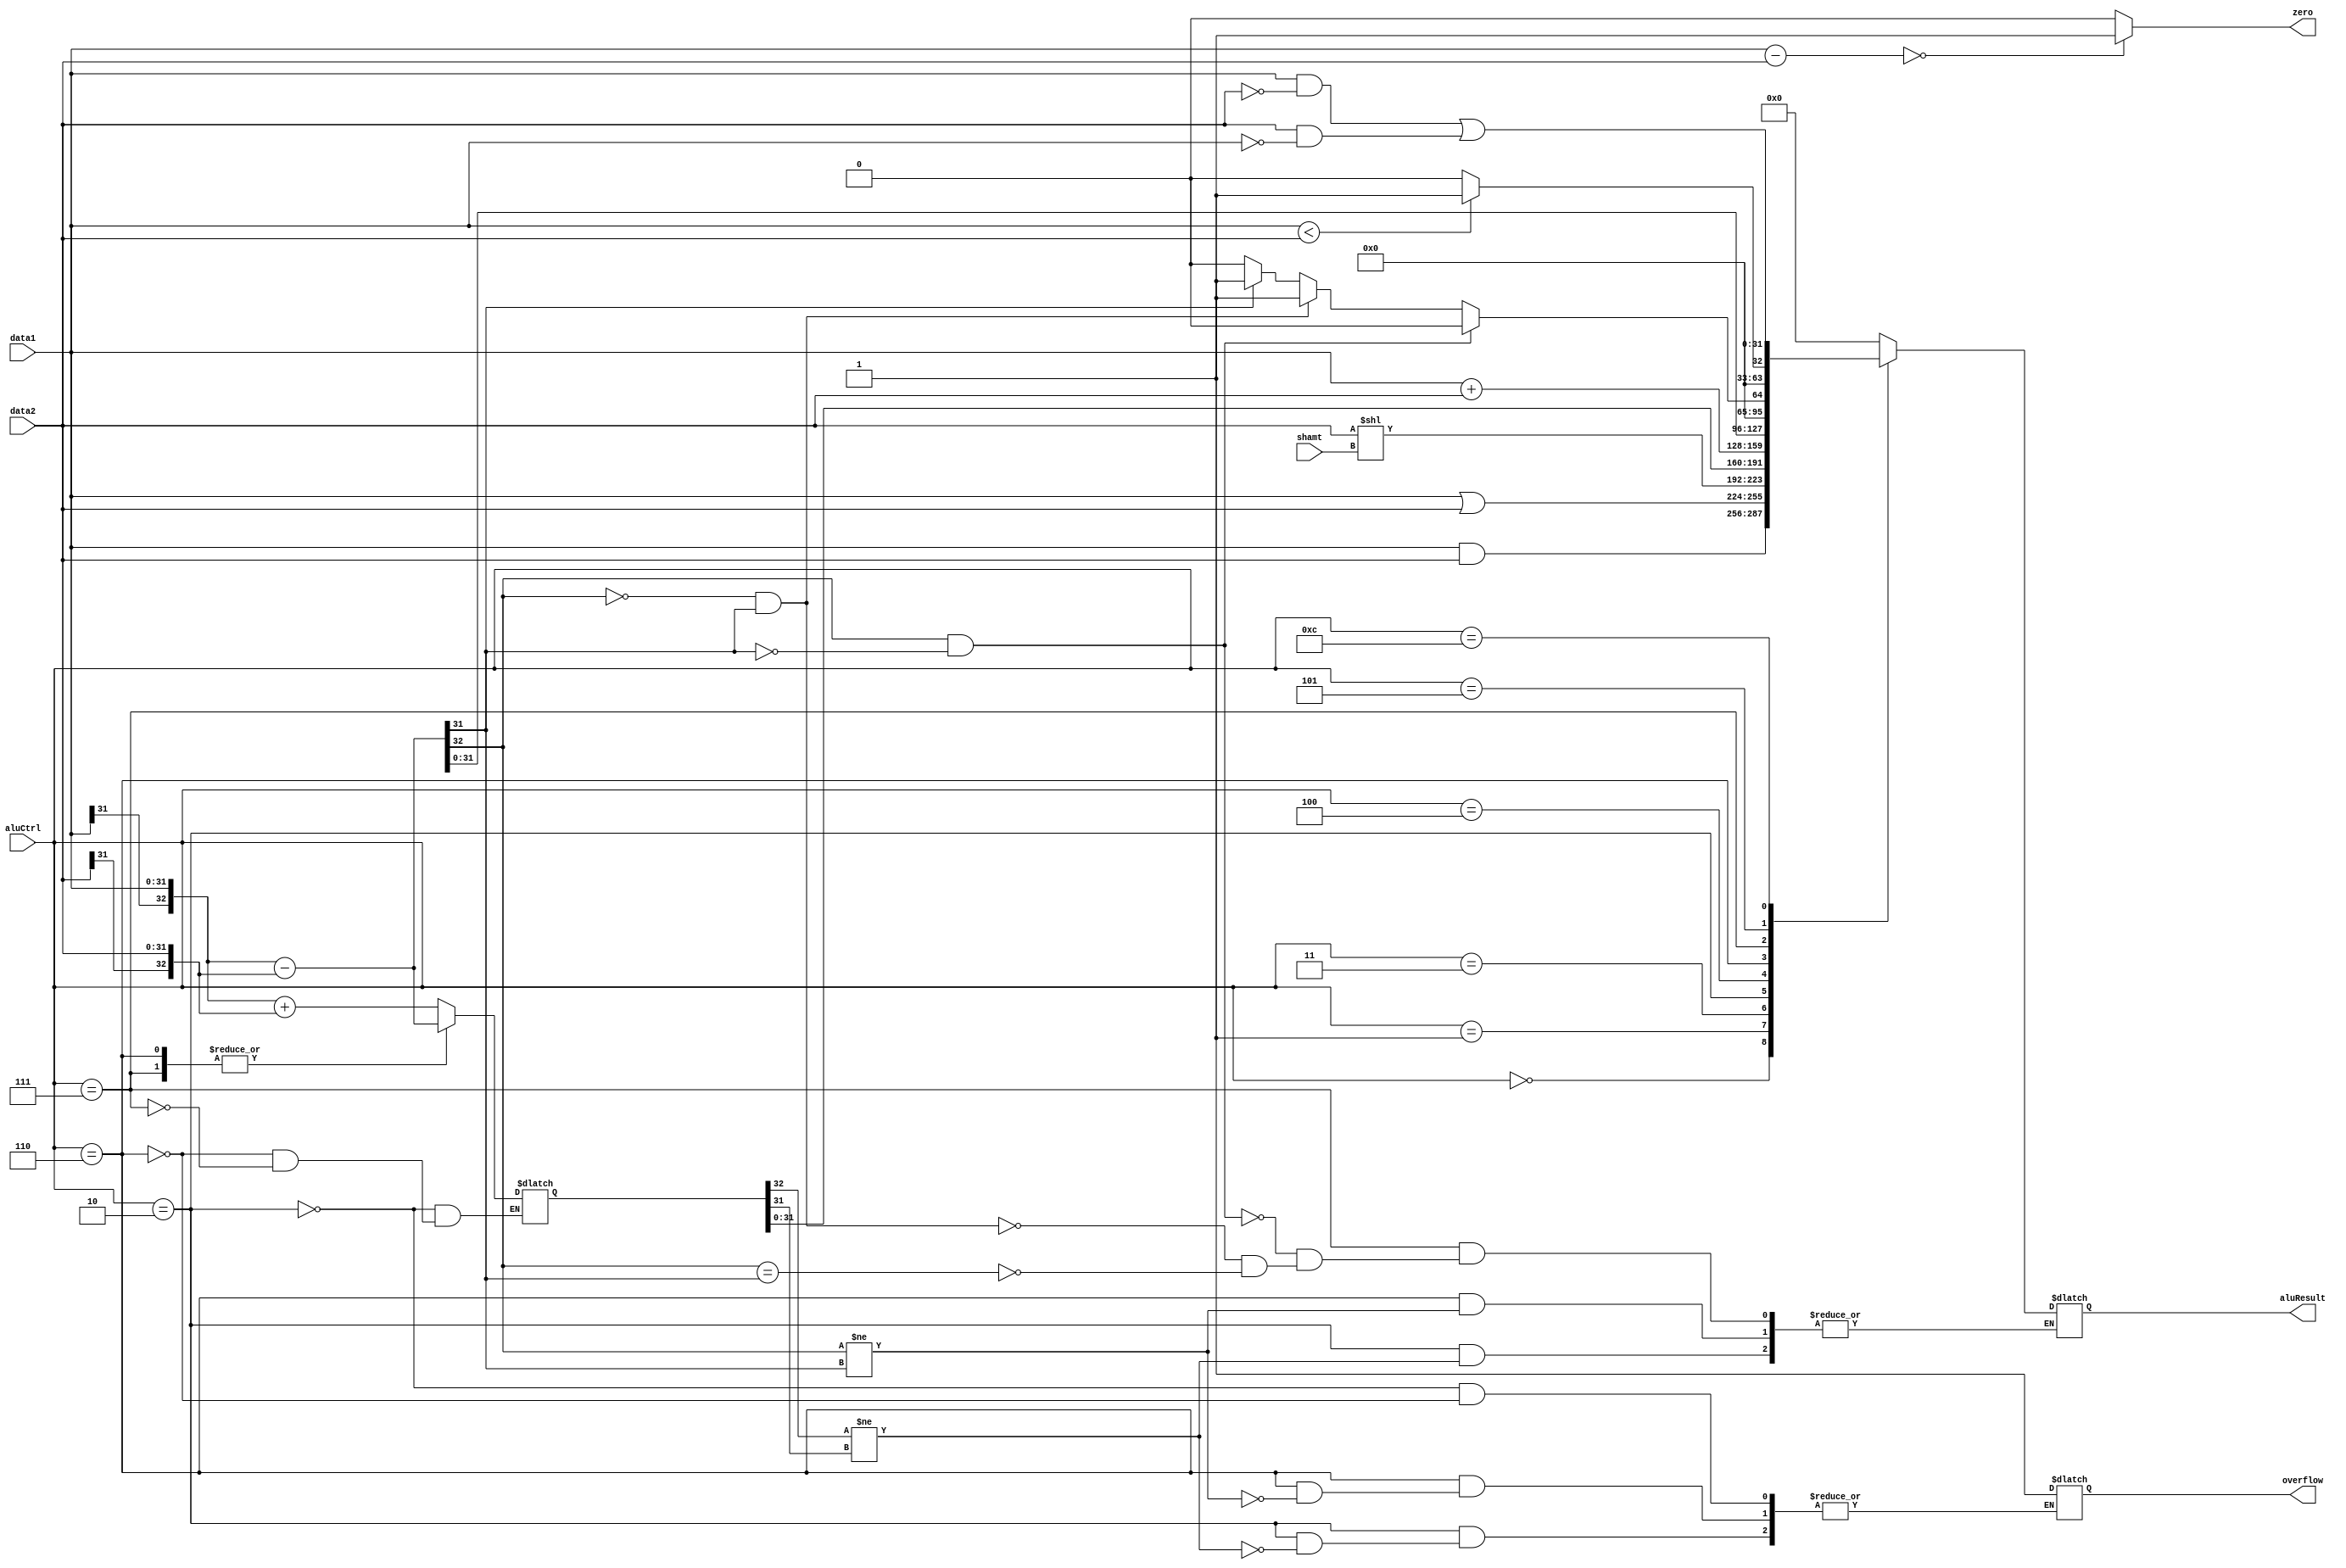
`timescale 1ns / 1ps
//////////////////////////////////////////////////////////////////////////////////
// Company: 
// Engineer: 
// 
// Design Name: 
// Module Name: ALU
// Project Name: 
// Target Devices: 
// Tool Versions: 
// Description: 
// 
// Dependencies: 
// 
// Revision:
// Revision 0.01 - File Created
// Additional Comments:
// 
//////////////////////////////////////////////////////////////////////////////////


module ALU(
    input [31:0] data1,
    input [31:0] data2,
    input [3:0] aluCtrl,
    input [4:0] shamt,
    output zero,
    output reg [31:0] aluResult,
    output reg overflow
    );
    
    reg [32:0] temp;
    assign zero=(data1-data2==0)?1:0;
    always @(*) begin
    overflow<=0;
    case(aluCtrl)
      4'b0:aluResult<=data1&data2;
      4'b1:aluResult<=data1|data2; 
      4'b11:aluResult<=data2<<shamt;
      4'b10:begin                   //add
      temp[32:0]<={data1[31],data1[31:0]}+{data2[31],data2[31:0]};
      if(temp[32]!=temp[31])overflow=1;
      else aluResult<=temp[31:0];
      end            
      4'b100:aluResult<=data1+data2;   //addu
      4'b110:begin
      temp[32:0]={data1[31],data1[31:0]}-{data2[31],data2[31:0]};
      if(temp[32]!=temp[31])overflow=1;
      else aluResult<=temp[31:0];
      end                                  //sub
      4'b111:begin
      temp[32:0]={data1[31],data1[31:0]}-{data2[31],data2[31:0]};
      if(temp[32]==1&&temp[31]==0)aluResult<=0;
      else if(temp[32]==0&&temp[31]==1)aluResult<=1;
      else if(temp[32]==temp[31])
      aluResult<=temp[31]?1:0;                  //slt
      end
      4'b0101: aluResult<=(data1<data2)?1:0;    //sltu
      4'b1100:aluResult<=data1&~data2|data2&~data1;
      default:aluResult<=0;
     endcase
     end
endmodule